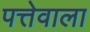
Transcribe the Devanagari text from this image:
पत्तेवाला